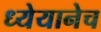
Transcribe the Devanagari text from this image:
ध्येयानेच